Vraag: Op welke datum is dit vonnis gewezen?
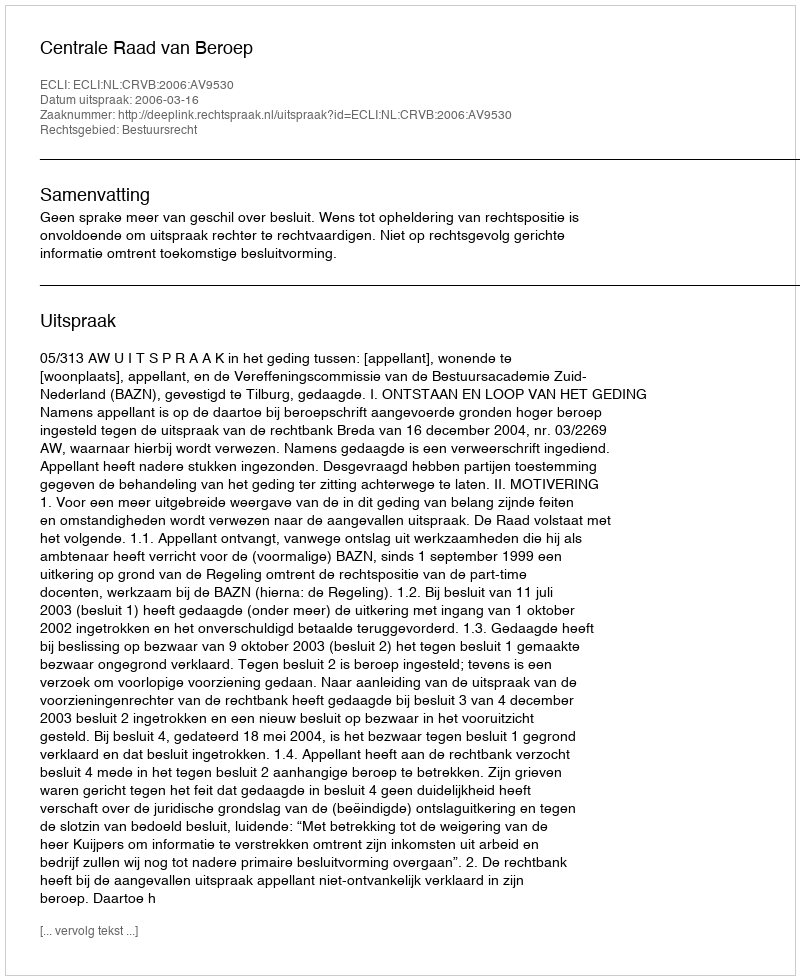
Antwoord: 2006-03-16